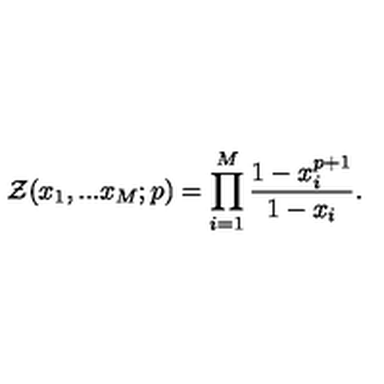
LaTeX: { \cal Z } ( x _ { 1 } , . . . x _ { M } ; p ) = \prod _ { i = 1 } ^ { M } \frac { 1 - x _ { i } ^ { p + 1 } } { 1 - x _ { i } } .